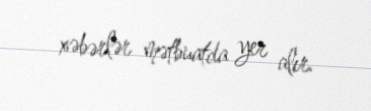
xəbərlər mətbuatda yer alır.